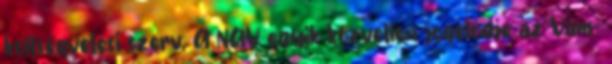
költségvetési szerv. A NAV egyik közvetlen jogelődje az Vám-